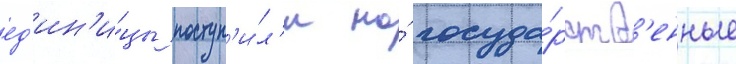
ед'ин'и́цы поступ'и́л'и на́ госуда́рств'енные